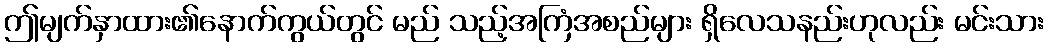
ဤမျက်နှာထား၏နောက်ကွယ်တွင် မည် သည့်အကြံအစည်များ ရှိလေသနည်းဟုလည်း မင်းသား